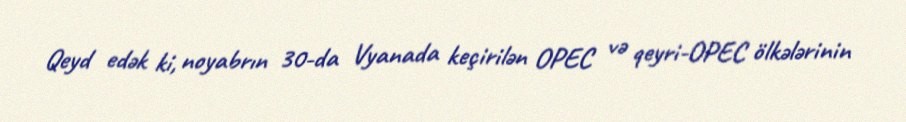
Qeyd edək ki, noyabrın 30-da Vyanada keçirilən OPEC və qeyri-OPEC ölkələrinin